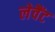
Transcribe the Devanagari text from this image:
लेवैंट